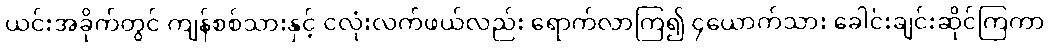
ယင်းအခိုက်တွင် ကျန်စစ်သားနှင့် ငလုံးလက်ဖယ်လည်း ရောက်လာကြ၍ ၄ယောက်သား ခေါင်းချင်းဆိုင်ကြကာ